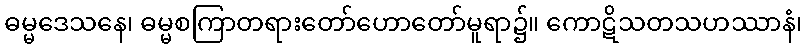
ဓမ္မဒေသနေ၊ ဓမ္မစကြာတရားတော်ဟောတော်မူရာ၌။ ကောဋိသတသဟဿာနံ၊